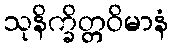
သုနိက္ခိတ္တဝိမာနံ